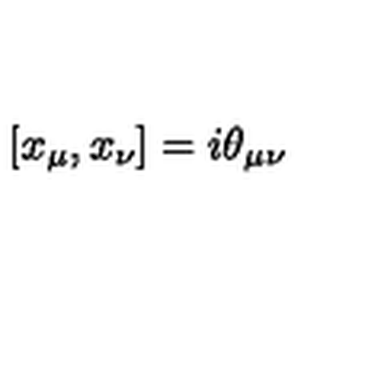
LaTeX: \left[ x _ { \mu } , x _ { \nu } \right] = i \theta _ { \mu \nu }